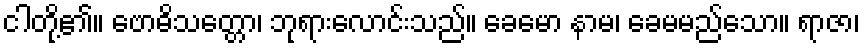
ငါတို့၏။ ဗောဓိသတ္တော၊ ဘုရားလောင်းသည်။ ခေမော နာမ၊ ခေမမည်သော။ ရာဇာ၊